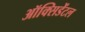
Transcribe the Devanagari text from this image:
ऑक्‍सिडेंटल